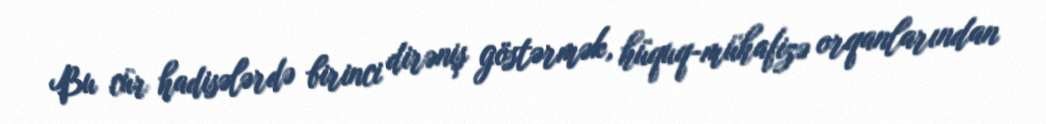
Bu cür hadisələrdə birinci dirəniş göstərmək, hüquq-mühafizə orqanlarından